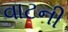
વાટની